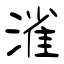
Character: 𣼎